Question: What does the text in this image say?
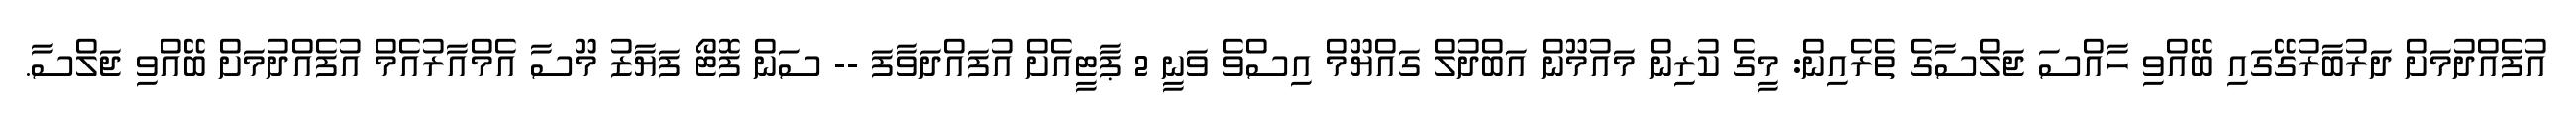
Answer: އުފެއްދުމަށް ދަރުބާރުގޭގައި ބޭއްވި ހާއްސަ ޖަލްސާގެ ތެރެއިން: މީގެ ކުރިން މައުމޫން އަބްދުލް ގައްޔޫމް އިސްވެ ވަނީ 2 ޕާޓީއެށް އުފައްދަވާފަ -- ސަން ފޮޓޯ ފަޔާޒު މޫސާ އެމްއާރުއެމް އުފެއްދުމަށް ބޭއްވި ޖަލްސާ.